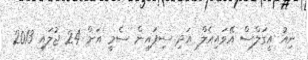
ނިއު އީގަލްސް އޭވައިއެލް އަދި ސިފައިން ސެމީ އަށް 24 ޖުލައި 2013